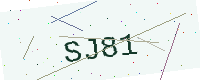
Text: SJ81